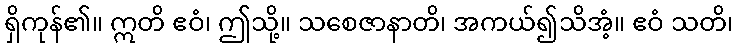
ရှိကုန်၏။ ဣတိ ဧဝံ၊ ဤသို့။ သစေဇာနာတိ၊ အကယ်၍သိအံ့။ ဧဝံ သတိ၊